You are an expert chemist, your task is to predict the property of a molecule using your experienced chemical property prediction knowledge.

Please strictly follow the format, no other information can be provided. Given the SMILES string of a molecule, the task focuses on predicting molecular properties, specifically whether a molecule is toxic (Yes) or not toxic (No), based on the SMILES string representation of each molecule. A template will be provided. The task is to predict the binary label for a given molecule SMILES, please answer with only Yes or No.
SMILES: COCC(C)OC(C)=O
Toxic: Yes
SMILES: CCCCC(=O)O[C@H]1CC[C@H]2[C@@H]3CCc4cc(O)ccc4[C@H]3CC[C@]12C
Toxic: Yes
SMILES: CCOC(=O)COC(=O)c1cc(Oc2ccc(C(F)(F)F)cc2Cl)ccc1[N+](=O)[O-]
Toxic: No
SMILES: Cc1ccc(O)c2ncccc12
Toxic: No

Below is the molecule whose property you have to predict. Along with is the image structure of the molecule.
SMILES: C=C1CC[C@H](O)C/C1=C/C=C1\CCC[C@@]2(C)[C@H]1CC[C@@H]2[C@H](C)CCCC(C)C
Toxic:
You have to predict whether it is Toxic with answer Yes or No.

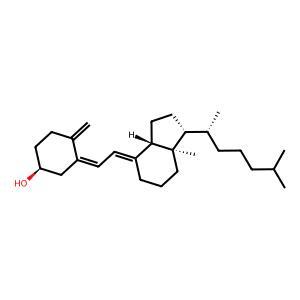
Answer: No